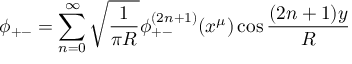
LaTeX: \phi _ { + - } = \sum _ { n = 0 } ^ { \infty } \sqrt { \frac { 1 } { \pi R } } \phi _ { + - } ^ { ( 2 n + 1 ) } ( x ^ { \mu } ) \cos \frac { ( 2 n + 1 ) y } { R }